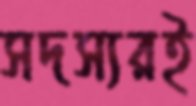
সদস্যরই